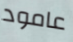
عامود